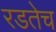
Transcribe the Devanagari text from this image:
रडतेच